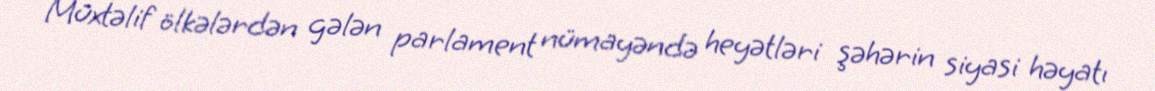
Müxtəlif ölkələrdən gələn parlament nümayəndə heyətləri şəhərin siyasi həyatı